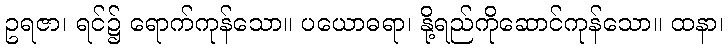
ဥရဇာ၊ ရင်၌ ရောက်ကုန်သော။ ပယောဓရာ၊ နို့ရည်ကိုဆောင်ကုန်သော။ ထနာ၊